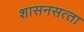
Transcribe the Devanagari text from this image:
शासनसत्‍ता